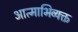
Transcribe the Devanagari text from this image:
आत्माभिव्यक्त